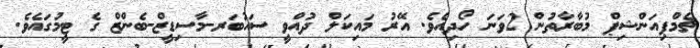
ޗެމްޕިއަންޝިޕް މުބާރާތުން 2ވަނަ ހޯދިއެވެ. އޭރު މައިކަލް ދުއްވީ ސައުބަރ-މާސިޑީޒް-ބެންޒް ގެ ޓީމުގައެވެ.